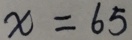
x = 6 5